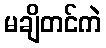
မချိတင်ကဲ